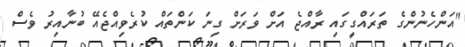
"އަންހެނުންގެ ތަރައްގީގައި ރާއްޖެ އަށް ވަރަށް ގިނަ ކަންތައް ކުރެވިއްޖެއޭ ބުނާއިރު ވެސް